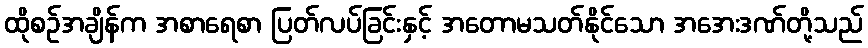
ထိုစဉ်အချိန်က အစာရေစာ ပြတ်လပ်ခြင်းနှင့် အတောမသတ်နိုင်သော အအေးဒဏ်တို့သည်